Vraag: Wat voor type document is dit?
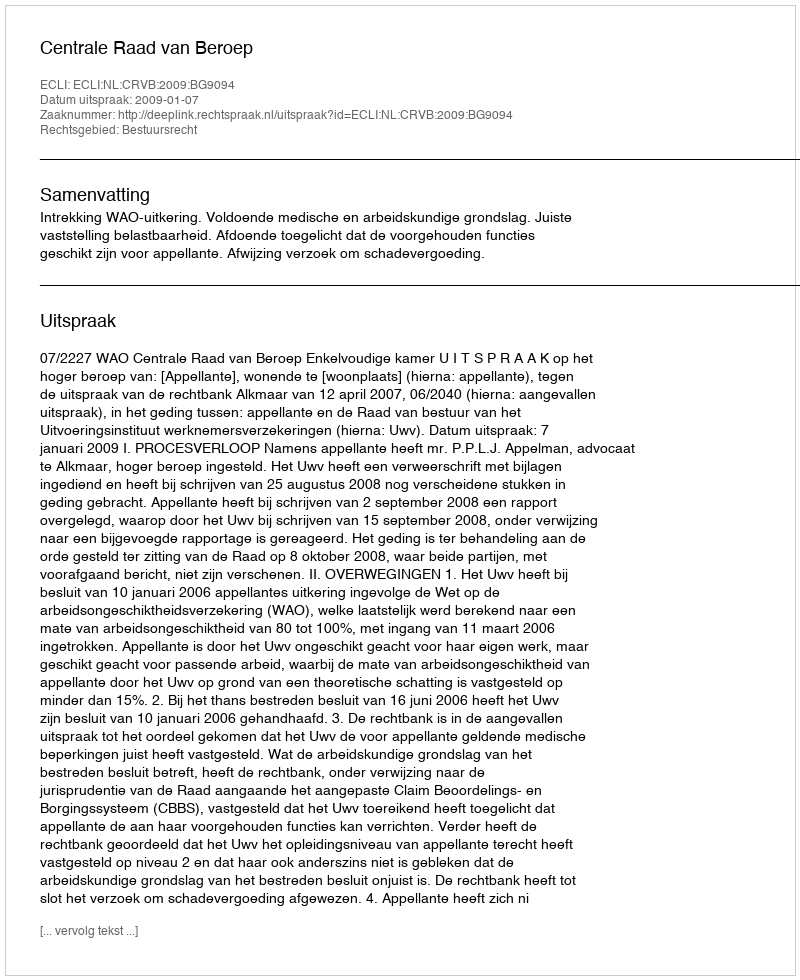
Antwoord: Uitspraak